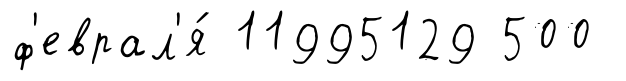
ф'еврал'я́ 11995129 500